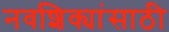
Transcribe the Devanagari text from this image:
नवशिक्यांसाठी